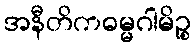
အနီတိကဓမ္မဂါမိဉ္စ